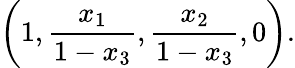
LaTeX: \left(1,{\frac{x_{1}}{1-x_{3}}},{\frac{x_{2}}{1-x_{3}}},0\right).